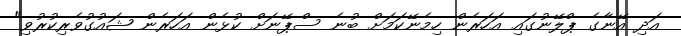
އަދި އޭނާގެ ޕްލޭނުގައި އަހަރެން ހިމެނޭކަމަށް ބުނެ ސްޕޭނަށް ކުޅެން އަހަރެން ޝައުގުވެރިކުރުވި"